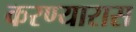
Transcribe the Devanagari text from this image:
करण्यारास